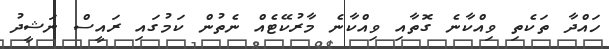
ހައްދާ ތަކެތި ވިއްކާނެ ގޮތާއި ވިއްކާނެ މާރުކޭޓެއް ނެތުން ކަމުގައި ރައީސް ނަޝީދު